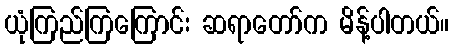
ယုံကြည်ကြကြောင်း ဆရာတော်က မိန့်ပါတယ်။